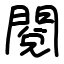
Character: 閱